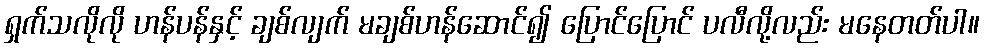
ရှက်သလိုလို ဟန်ပန်နှင့် ချစ်လျက် မချစ်ဟန်ဆောင်၍ ပြောင်ပြောင် ပလီလို့လည်း မနေတတ်ပါ။